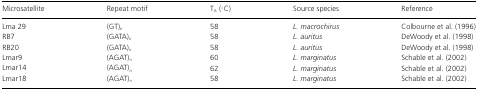
| Microsatellite | Repeat motif | TA (°C) | Source species | Reference |
 | --- | --- | --- | --- | --- |
 | Lma 29 | (GT)n | 58 | L. macrochirus | Colbourne et al. (1996) |
 | RB7 | (GATA)n | 58 | L. auritus | DeWoody et al. (1998) |
 | RB20 | (GATA)n | 58 | L. auritus | DeWoody et al. (1998) |
 | Lmar9 | (AGAT)n | 60 | L. marginatus | Schable et al. (2002) |
 | Lmar14 | (AGAT)n | 62 | L. marginatus | Schable et al. (2002) |
 | Lmar18 | (AGAT)n | 58 | L. marginatus | Schable et al. (2002) |